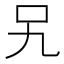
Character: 𭆸